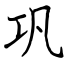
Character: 巩